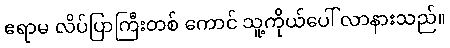
ဧရာမ လိပ်ပြာကြီးတစ် ကောင် သူ့ကိုယ်ပေါ် လာနားသည်။